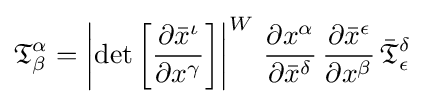
{\mathfrak {T}}_{\beta }^{\alpha }=\left\vert \det {\left[{\frac {\partial {\bar {x}}^{\iota }}{\partial {x}^{\gamma }}}\right]}\right\vert ^{W}\,{\frac {\partial {x}^{\alpha }}{\partial {\bar {x}}^{\delta }}}\,{\frac {\partial {\bar {x}}^{\epsilon }}{\partial {x}^{\beta }}}\,{\bar {\mathfrak {T}}}_{\epsilon }^{\delta }